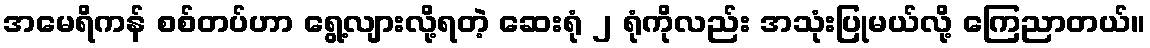
အမေရိကန် စစ်တပ်ဟာ ရွေ့လျားလို့ရတဲ့ ဆေးရုံ ၂ ရုံကိုလည်း အသုံးပြုမယ်လို့ ကြေညာတယ်။